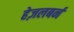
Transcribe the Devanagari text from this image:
हेज़लबर्न